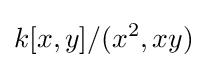
k[x,y]/(x^{2},xy)